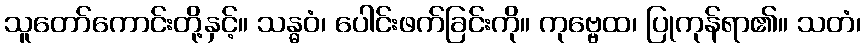
သူတော်ကောင်းတို့နှင့်။ သန္ဓဝံ၊ ပေါင်းဖက်ခြင်းကို။ ကုဗ္ဗေထ၊ ပြုကုန်ရာ၏။ သတံ၊